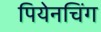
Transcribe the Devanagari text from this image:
पियेनचिंग